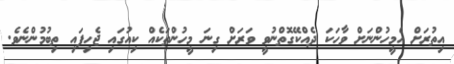
އިތުރަށް އެމީހުންނަށް ވާހަކަ ދެއްކޭގޮތްނުވީ ވަރަށް ގިނަ މީހުންތަކެއް ކިއުގައި ޖެހިފައި ތިބުމުންނެވެ.